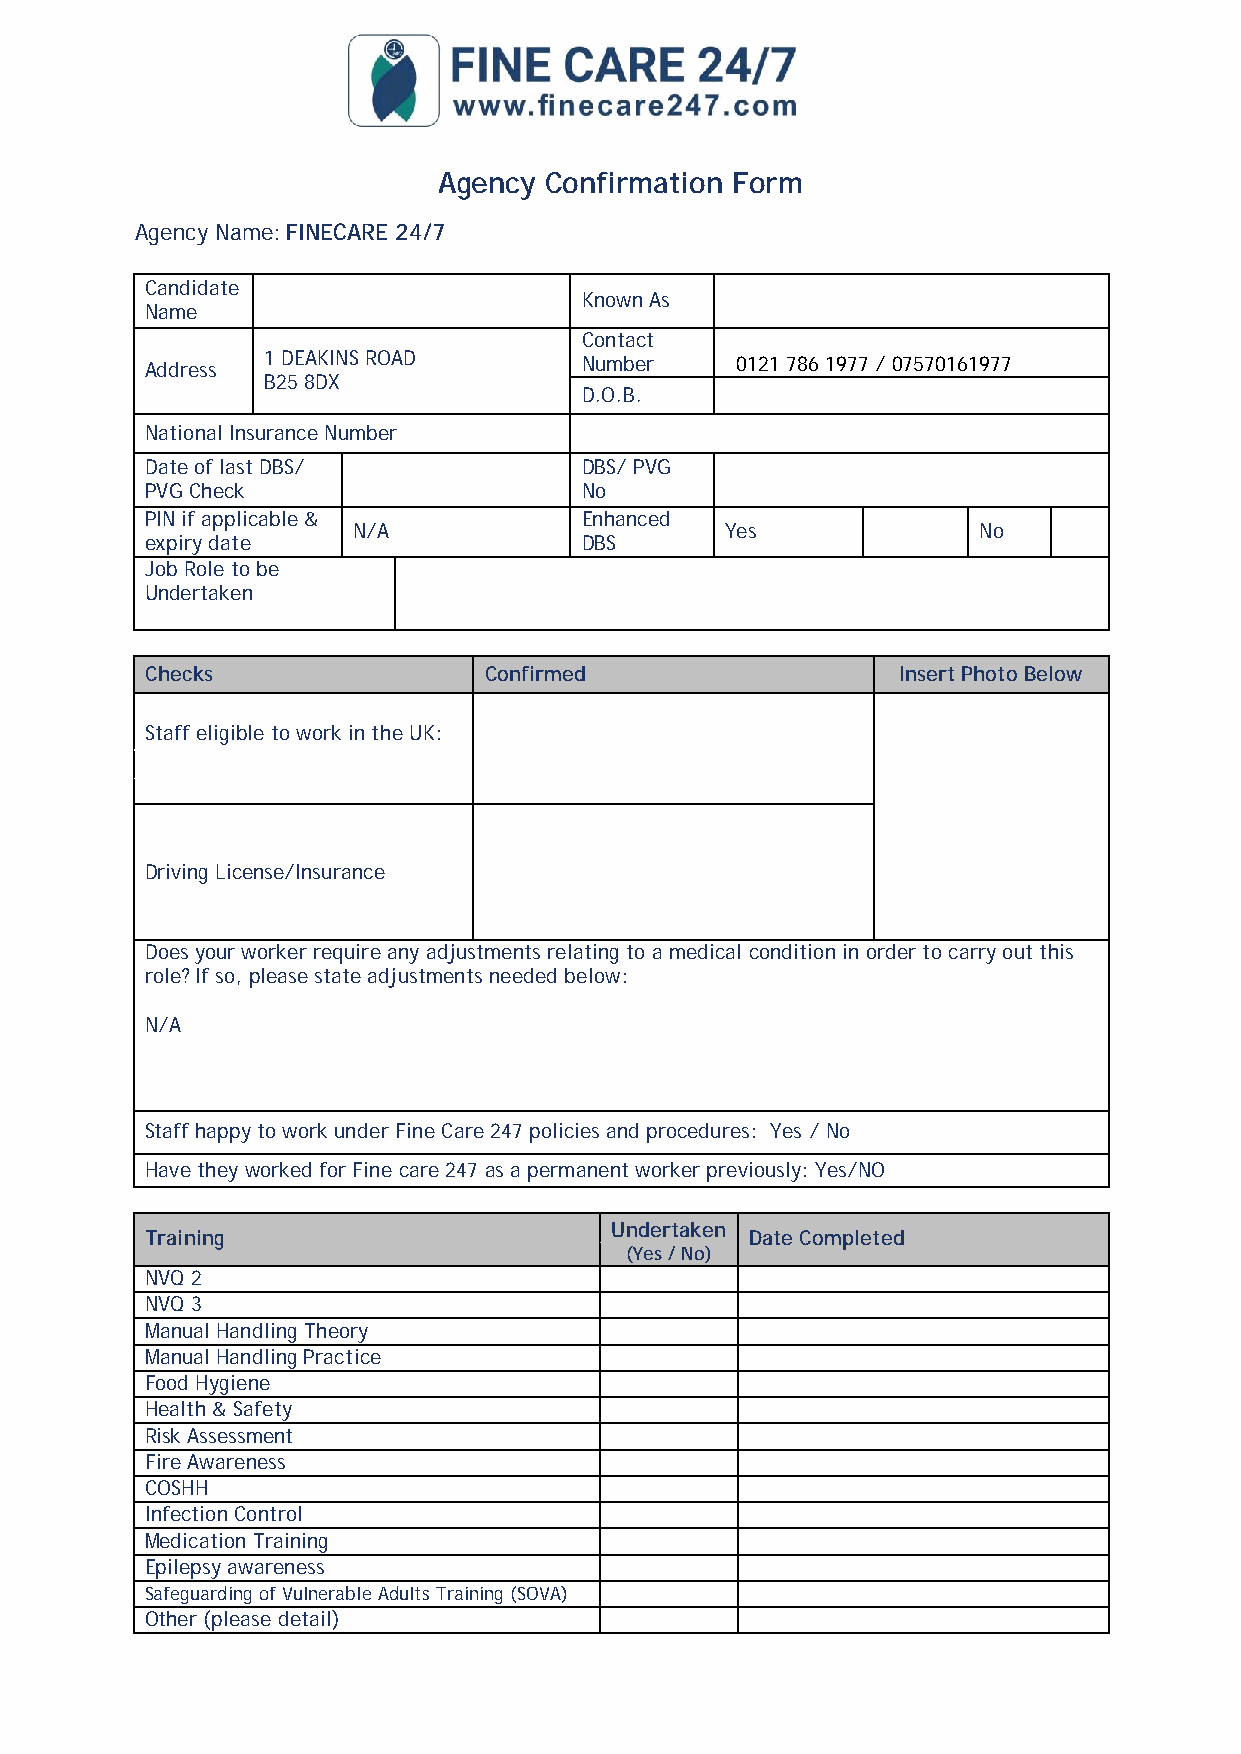
Agency Confirmation Form
 Agency Name: FINECARE 24/7
 Candidate
 Known As
 Name
 Contact
 Address 1 DEAKINS ROAD      Number     0121 786 1977 / 07570161977
 B25 8DX
 D.O.B.
 National Insurance Number
 Date of last DBS/           DBS/ PVG
 PVG Check                   No
 PIN if applicable &         Enhanced
 N/A                      Yes              No
 expiry date                 DBS
 Job Role to be
 Undertaken
 Checks                Confirmed                   Insert Photo Below
 Staff eligible to work in the UK:
 Driving License/Insurance
 Does your worker require any adjustments relating to a medical condition in order to carry out this
 role? If so, please state adjustments needed below:
 N/A
 Staff happy to work under Fine Care 247 policies and procedures: Yes / No
 Have they worked for Fine care 247 as a permanent worker previously: Yes/NO
 Undertaken
 Training                                Date Completed
 (Yes / No)
 NVQ 2
 NVQ 3
 Manual Handling Theory
 Manual Handling Practice
 Food Hygiene
 Health & Safety
 Risk Assessment
 Fire Awareness
 COSHH
 Infection Control
 Medication Training
 Epilepsy awareness
 Safeguarding of Vulnerable Adults Training (SOVA)
 Other (please detail)